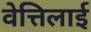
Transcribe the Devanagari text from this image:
वेत्तिलाई